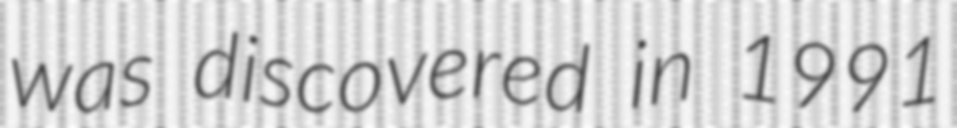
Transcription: was discovered in 1991